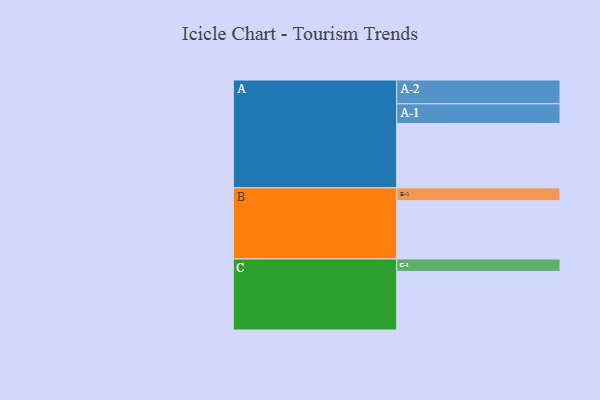
{"axis": {"x": "Segment", "y": "Value"}, "legend": ["", "A", "B", "C"], "data": [{"x": "A", "y": 597, "type": ""}, {"x": "B", "y": 541, "type": ""}, {"x": "C", "y": 544, "type": ""}, {"x": "A-1", "y": 183, "type": "A"}, {"x": "A-2", "y": 221, "type": "A"}, {"x": "B-1", "y": 119, "type": "B"}, {"x": "C-1", "y": 115, "type": "C"}]}